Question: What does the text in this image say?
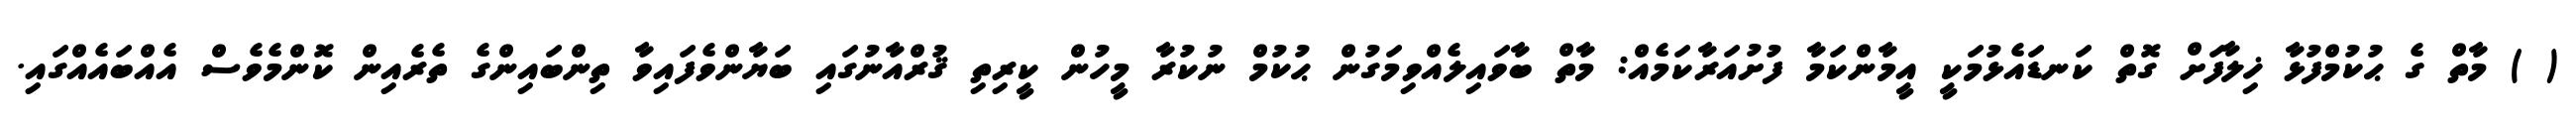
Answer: ( ) މާތް ގެ ޙުކުމްފުޅާ ޚިލާފަށް ގޮތް ކަނޑައެޅުމަކީ އީމާންކަމާ ފުށުއަރާކަމެއް: މާތް ބާވައިލެއްވިމަގުން ޙުކުމް ނުކުރާ މީހުން ކީރިތި ޤުރްއާނުގައި ބަޔާންވެފައިވާ ތިންބައިންގެ ތެރެއިން ކޮންމެވެސް އެއްބައެއްގައި.